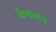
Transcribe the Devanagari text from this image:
कैमलन